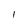
Character: I